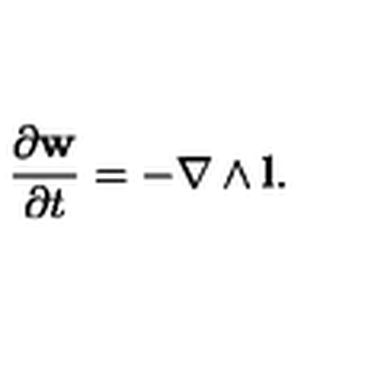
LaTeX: \frac { \partial { \bf w } } { \partial t } = - \nabla \wedge { \bf l } .